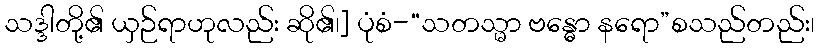
သဒ္ဒါတို့၏ ယှဉ်ရာဟုလည်း ဆို၏၊] ပုံစံ-“သတသ္မာ ဗန္ဓော နရော”စသည်တည်း၊